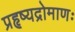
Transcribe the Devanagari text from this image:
प्रहृष्यद्रोमाणः